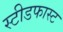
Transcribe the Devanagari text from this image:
स्टीडफास्ट